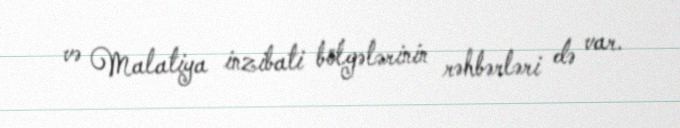
və Malatiya inzibati bölgələrinin rəhbərləri də var.